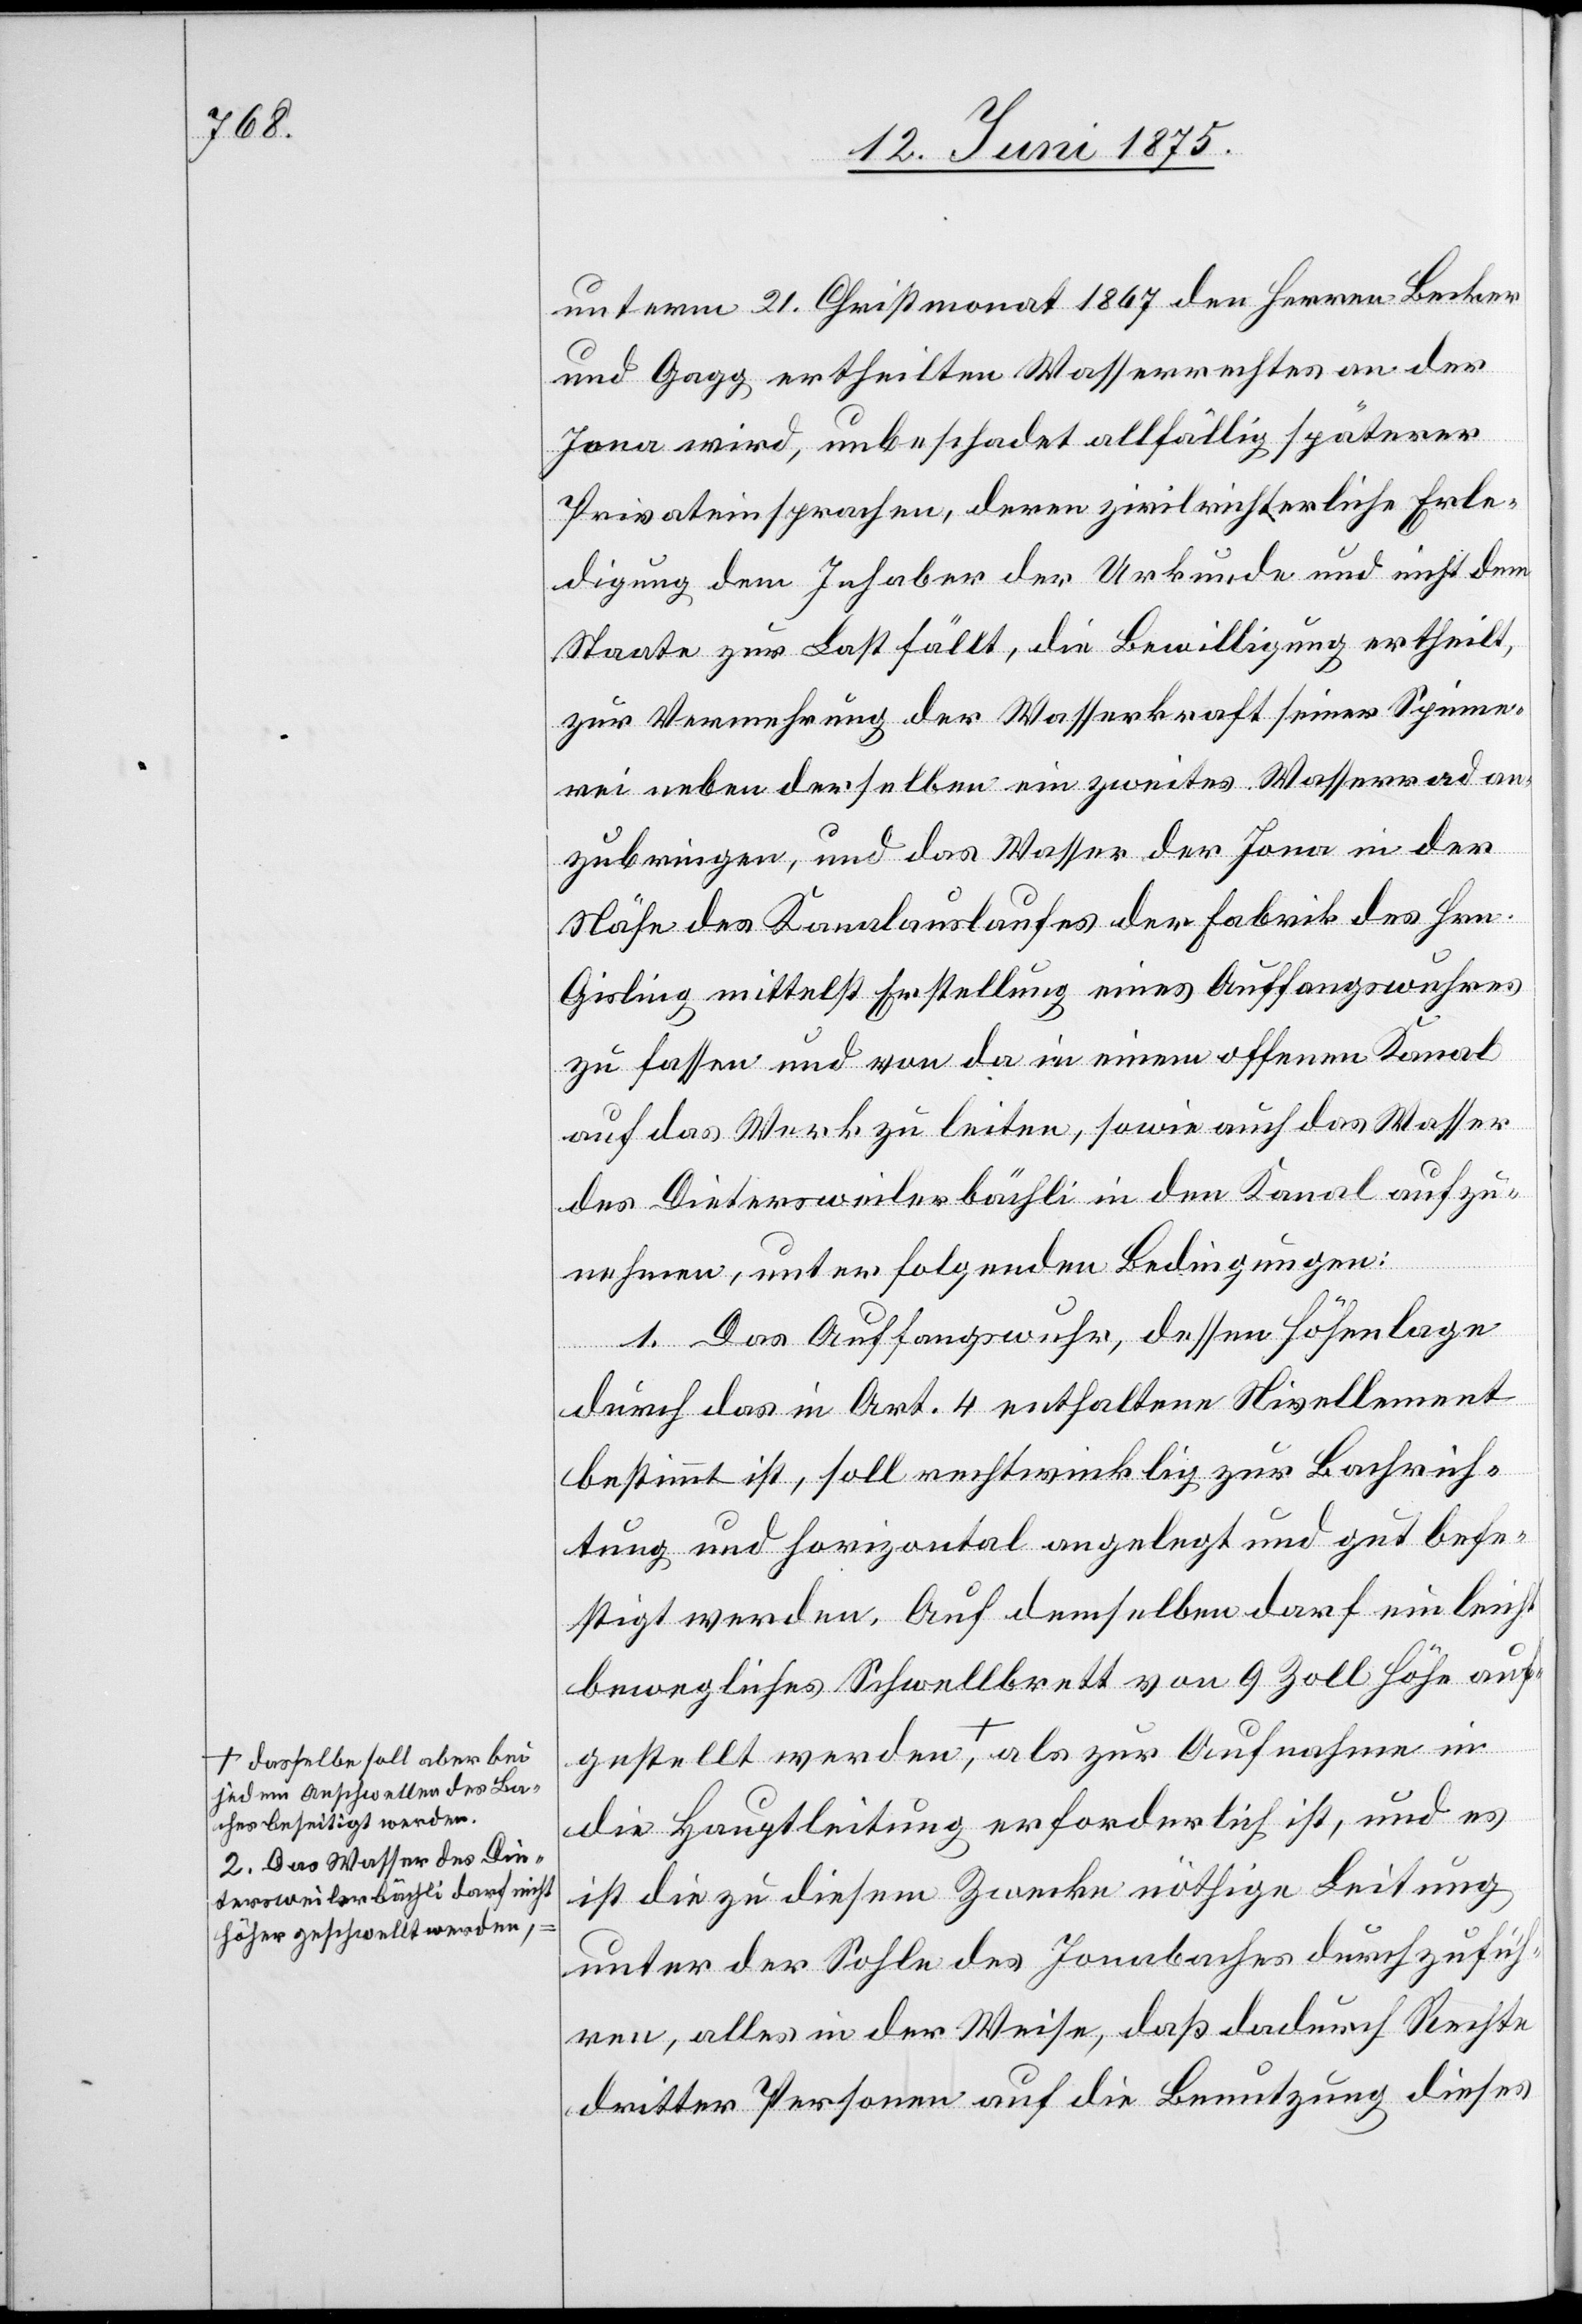
ches beseitigt werden.
2. Das Wasser des Die¬
tersweilerbächli darf nicht
höher geschwellt werden

unterm 21. Christmonat 1867 den Herren Becker
und Gagg ertheilten Wasserrechtes an der
Jona wird, unbeschadet allfällig späterer
Privateinsprachen, deren zivilrechtliche Erle¬
digung dem Inhaber der Urkunde und nicht dem
Staate zur Last fällt, die Bewilligung ertheilt,
zur Vermehrung der Wasserkraft seiner Spinne¬
rei neben derselben ein zweites Wasserrad an¬
zubringen, und das Wasser der Jona in der
Nähe des Kanalauslaufes der Fabrik des Hrn.
Gisling mittelst Erstellung eines Auffangswuhres
zu fassen und von da in einen offenen Kanal
auf das Werk zu leiten, sowie auch das Wasser
des Dietersweilerbächli in den Kanal aufzu¬
in
nehmen, unter folgenden Bedingungen:
1. Das Auffangswuhr dessen Höhenlage
durch das in Art. 4 enthaltenen Nivellement
bestimmt ist, soll rechtwinklig zur Bachrich¬
tung und horizontal angelegt und gut befe¬
stigt werden, auf demselben darf ein leicht
bewegliches Schwellbrett von 9 Zoll Höhe auf¬
gestellt werden, dasselbe soll aber bei jedem
die Hauptleitung erforderlich ist, und es
ist die zu diesem Zwecke nöthige Leitung
unter der Sohle des Jonabaches durchzufüh¬
ren, alles in der Weise, daß dadurch Rechte
dritter Personen auf die Benutzung dieses